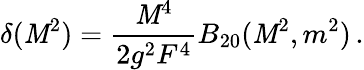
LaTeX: \delta(\mathit{M}^{2})=\frac{{\mathit{M}^{4}}}{{2g^{2}F^{4}}}B_{20}(\mathit{M}^{2},m^{2})\, .